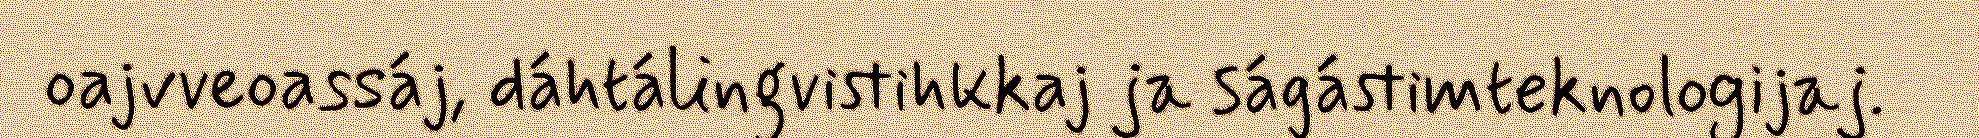
oajvveoassáj, dáhtálingvistihkkaj ja ságástimteknologijaj.